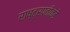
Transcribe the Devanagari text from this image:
राष्ट्रपतीकडे